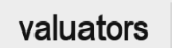
valuators